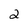
Character: 2